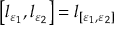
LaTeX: \left[ l _ { \varepsilon _ { 1 } } , l _ { \varepsilon _ { 2 } } \right] = l _ { [ \varepsilon _ { 1 } , \varepsilon _ { 2 } ] }